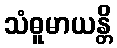
သံဓူမာယန္တိ